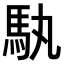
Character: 𮩳